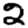
Digit: 2